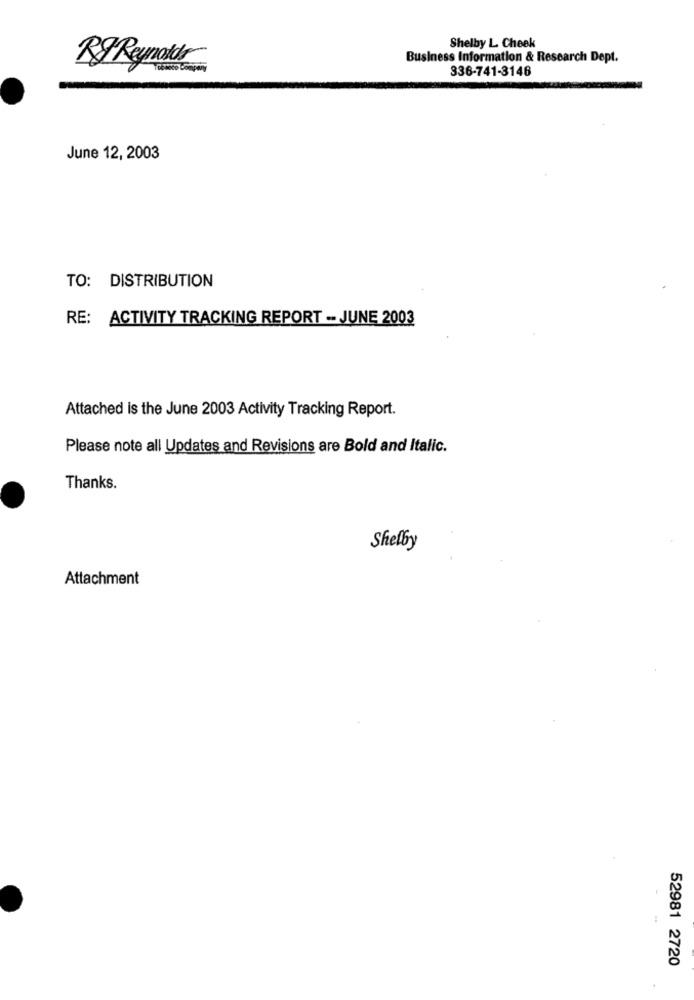
Shelby L Cheek
Business Information & Research Dept.
RJ Reynolds
336-741-3146
June 12, 2003
TO: DISTRIBUTION
RE: ACTIVITY TRACKING REPORT -- JUNE 2003
Attached is the June 2003 Activity Tracking Report.
Please note all Updates and Revisions are Bold and Italic.
Thanks.
Shelby
Attachment
52981 2720